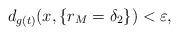
LaTeX: \begin{align*} d_{g(t)}(x,\{r_M=\delta_2\}) < \varepsilon,\end{align*}